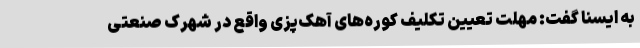
به ایسنا گفت: مهلت تعیین تکلیف کوره‌های آهک‌پزی واقع در شهرک صنعتی